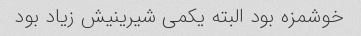
خوشمزه بود البته یکمی شیرینیش زیاد بود